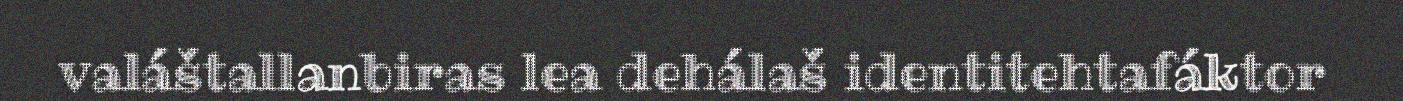
valáštallanbiras lea dehálaš identitehtafáktor